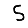
Digit: 5